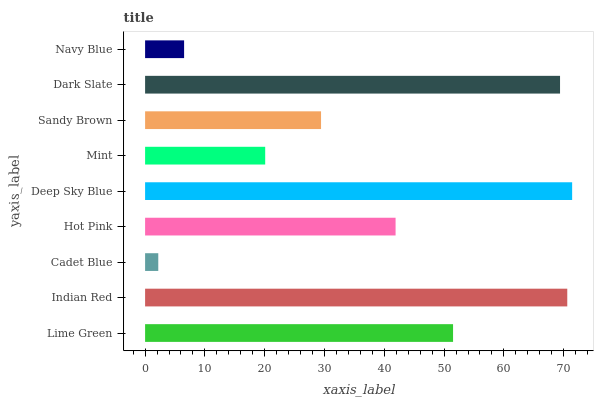
| yaxis_label | bars |
 | --- | --- |
 | Lime Green | 51.5 |
 | Indian Red | 70.6 |
 | Cadet Blue | 2.2 |
 | Hot Pink | 41.9 |
 | Deep Sky Blue | 71.4 |
 | Mint | 20.1 |
 | Sandy Brown | 29.4 |
 | Dark Slate | 69.4 |
 | Navy Blue | 6.52 |